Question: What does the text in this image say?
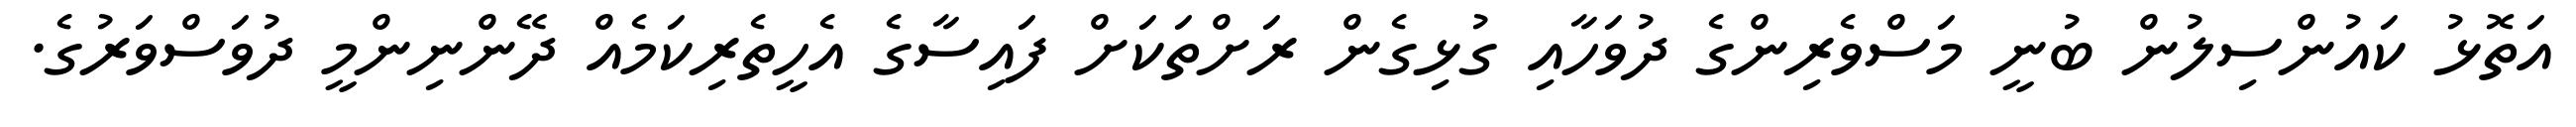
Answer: އަތޮޅު ކައުންސިލުން ބުނީ މަސްވެރިންގެ ދުވަހާއި ގުޅިގެން ރަށްތަކަށް ފައިސާގެ އެހީތެރިކަމެއް ދޭންނިންމީ ދުވަސްވަރުގެ.